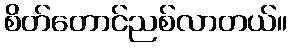
စိတ်တောင်ညစ်လာတယ်။